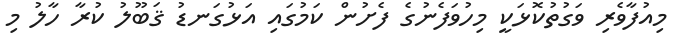
މިއުފާވެރި ވަގުތުކޮޅަކީ މިހުވަފެނުގެ ފެށުން ކަމުގައި އަޅުގަނޑު ޤަބޫލު ކުރާ ހާލު މި